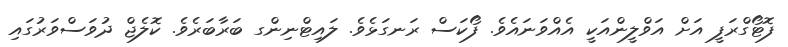
ފޮޓޯގްރަފީ އަށް އަވްލީންއަކީ އެއްވަނައެވެ. ފޯކަސް ރަނގަޅެވެ. ލައިޓްނިންގ ބަރާބަރެވެ. ކޮލެޖް ދުވަސްވަރުގައި